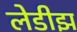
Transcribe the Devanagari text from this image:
लेडीझ